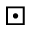
\boxdot